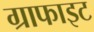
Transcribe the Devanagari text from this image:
ग्राफाइट